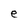
Character: e